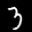
Label: 3